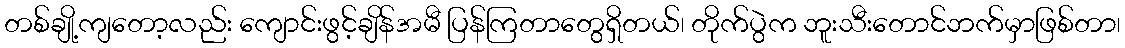
တစ်ချို့ကျတော့လည်း ကျောင်းဖွင့်ချိန်အမီ ပြန်ကြတာတွေရှိတယ်၊ တိုက်ပွဲက ဘူးသီးတောင်ဘက်မှာဖြစ်တာ၊